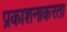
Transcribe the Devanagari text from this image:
प्रकाशनाकरता